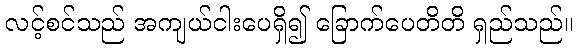
လင့်စင်သည် အကျယ်ငါးပေရှိ၍ ခြောက်ပေတိတိ ရှည်သည်။